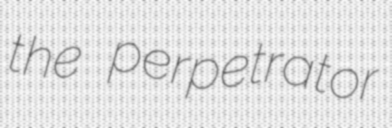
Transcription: the perpetrator